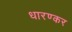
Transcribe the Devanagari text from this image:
धारण्कर